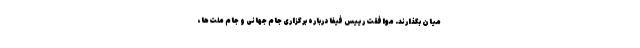
میان بگذارند. موافقت رییس فیفا درباره برگزاری جام جهانی و جام ملت‌ها،